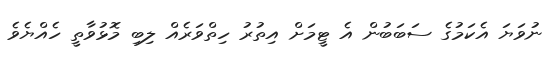
ނުވަޔަ އެކަމުގެ ސަބަބުން އެ ޓީމަށް އިތުރު ހިތްވަރެއް ލިބި މޮޅުވާތީ ހެއްޔެވެ